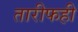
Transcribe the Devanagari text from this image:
तारीफही